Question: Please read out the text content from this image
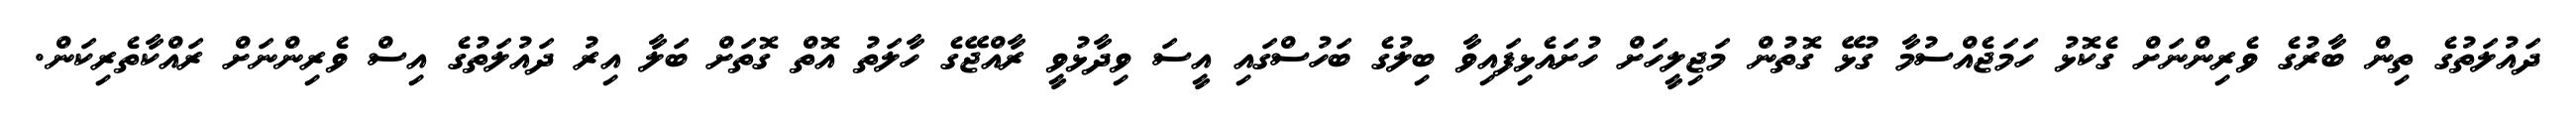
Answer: ދައުލަތުގެ ތިން ބާރުގެ ވެރިންނަށް ގެކޮޅު ހަމަޖެއްސުމާ ގުޅޭ ގޮތުން މަޖިލީހަށް ހުށައެޅިފައިވާ ބިލުގެ ބަހުސްގައި އީސަ ވިދާޅުވީ ރާއްޖޭގެ ހާލަތު އޮތް ގޮތަށް ބަލާ އިރު ދައުލަތުގެ އިސް ވެރިންނަށް ރައްކާތެރިކަން.